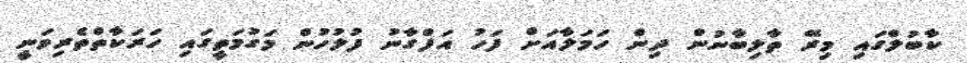
ކާބުލްގައި މިރޭ ތާލިބާނުން ދިން ހަމަލާއަށް ފަހު އަފްގާނު ފުލުހުން މަގުމަތީގައި ހަރަކާތްތެރިވަނީ